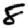
Digit: 8